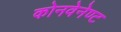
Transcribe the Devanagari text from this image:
कोनवेनेण्ट